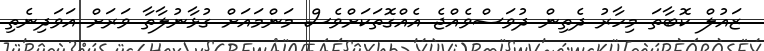
ޒައުލް ކޮބާތަ މިހާރު ދެތިން ދުވަސްވެއްޖެ އެއްގޮތަކަށްވެސް މަންމައަށް ގުޅާނުލާތާ ވަރަށް އަވަދިނެތި